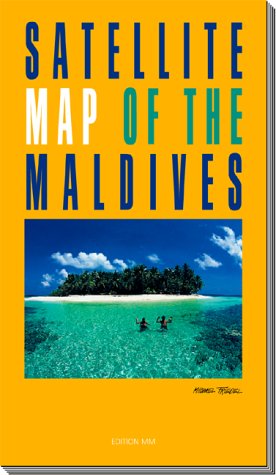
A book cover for Maldives Satellite Map; Michael Friedel; Travel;